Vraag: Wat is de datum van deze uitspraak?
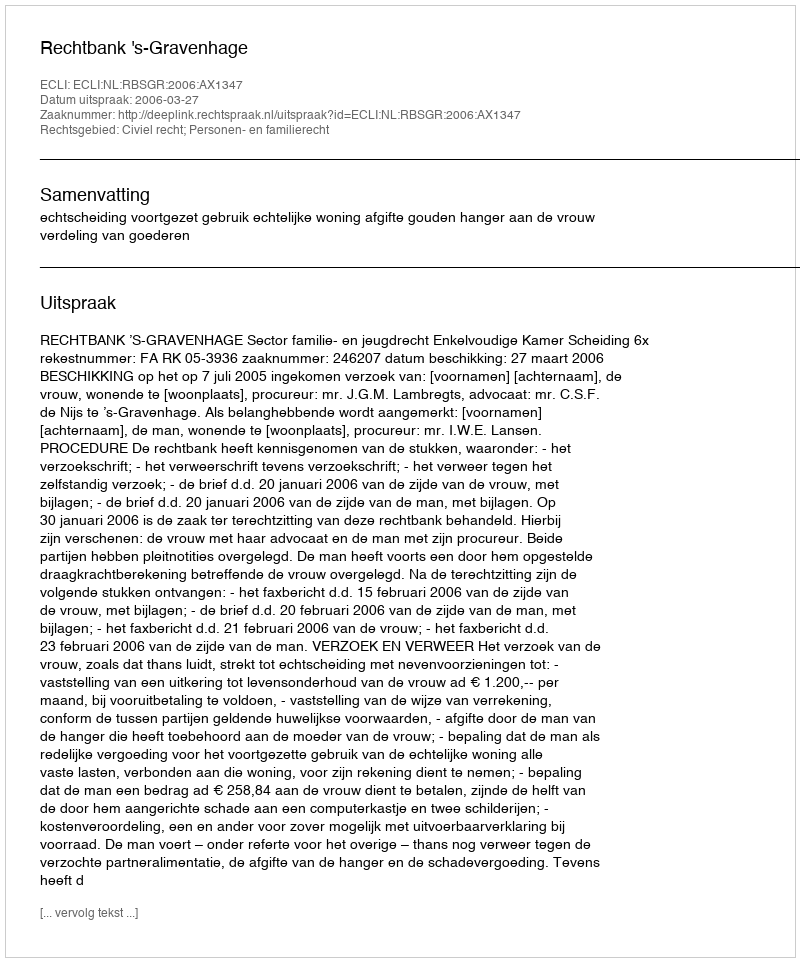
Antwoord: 2006-03-27